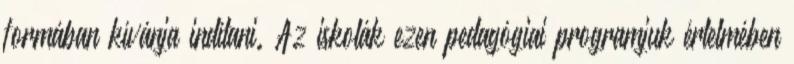
formában kívánja indítani. Az iskolák ezen pedagógiai programjuk értelmében